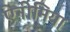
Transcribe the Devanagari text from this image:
ऐनीमिया